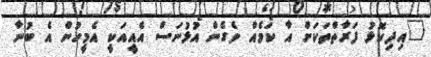
"އިދިކޮޅު ފަރާތްތަކަށް އާ ކަމެއް ވެގެން އުޅުނަސް އެއީއަކީ އެމީހުން އެ ބުނާ